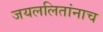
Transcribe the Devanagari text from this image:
जयललितांनाच